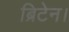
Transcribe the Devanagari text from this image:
ब्रिटेन।